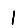
Digit: 1